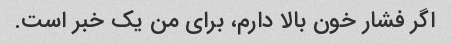
اگر فشار خون بالا دارم، برای من یک خبر است.